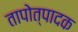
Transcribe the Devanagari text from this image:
तापोत्पादक